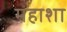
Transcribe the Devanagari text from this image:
महाशा